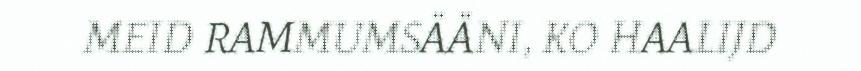
MEID RAMMUMSÄÄNI, KO HAALIJD